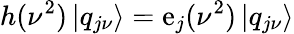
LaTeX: h(\nu^{2})\, |q_{j\nu}\rangle=\mathrm{e}_{j}(\nu^{2})\, |q_{j\nu}\rangle